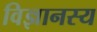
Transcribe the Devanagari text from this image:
विज्ञानस्य